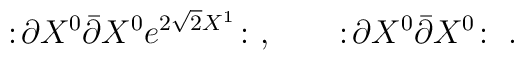
:\! \partial X^0 \bar\partial X^0 e^{2\sqrt 2 X^1} \!:\ , \qquad:\! \partial X^0 \bar\partial X^0  \!:\ .